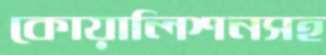
কোয়ালিশনসহ